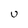
Character: U